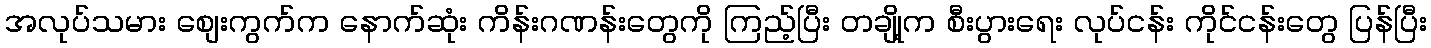
အလုပ်သမား စျေးကွက်က နောက်ဆုံး ကိန်းဂဏန်းတွေကို ကြည့်ပြီး တချို့က စီးပွားရေး လုပ်ငန်း ကိုင်ငန်းတွေ ပြန်ပြီး